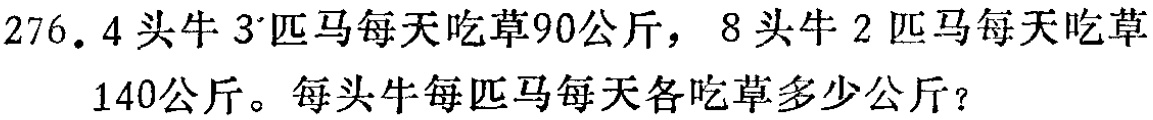
276. 4头牛3匹马每天吃草90公斤，8头牛2匹马每天吃草140公斤。每头牛每匹马每天各吃草多少公斤？